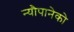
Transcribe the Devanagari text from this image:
न्यौपानेको